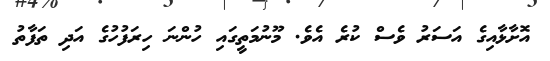
އޮށާޅާއިގެ އަސަރު ވެސް ކުރެ އެވެ. މޫނުމަތީގައި ހުންނަ ހިރަފުހުގެ އަދި ތަފާތުު